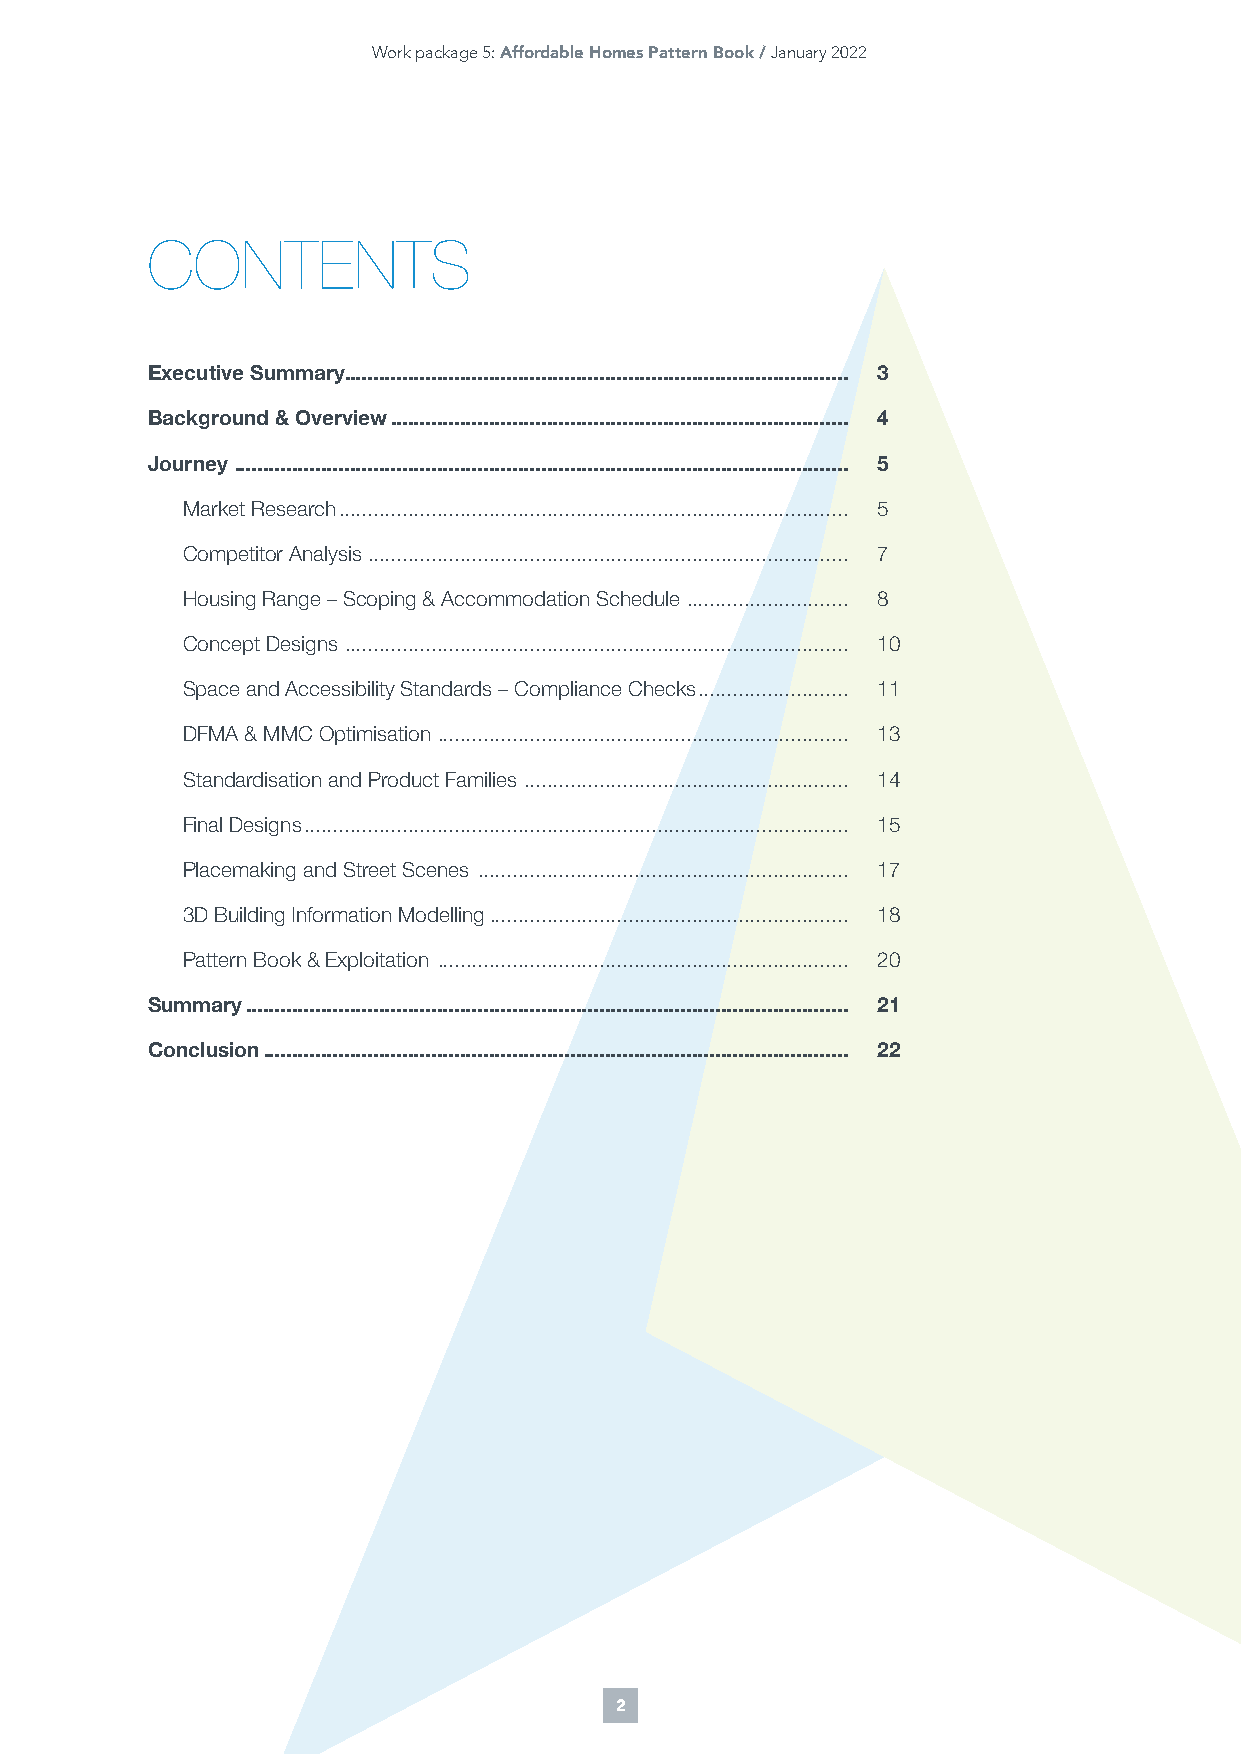
Work package 5: Affordable Homes Pattern Book / January 2022
 CONTENTS
 Executive Summary ....................................................................................... 3
 Background & Overview ............................................................................... 4
 Journey .......................................................................................................... 5
 Market Research ........................................................................................ 5
 Competitor Analysis ................................................................................... 7
 Housing Range – Scoping & Accommodation Schedule ............................ 8
 Concept Designs ....................................................................................... 10
 Space and Accessibility Standards – Compliance Checks .......................... 11
 DFMA & MMC Optimisation ....................................................................... 13
 Standardisation and Product Families ........................................................ 14
 Final Designs .............................................................................................. 15
 Placemaking and Street Scenes ................................................................ 17
 3D Building Information Modelling .............................................................. 18
 Pattern Book & Exploitation ....................................................................... 20
 Summary ........................................................................................................ 21
 Conclusion ..................................................................................................... 22
 2